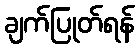
ချက်ပြုတ်ရန်